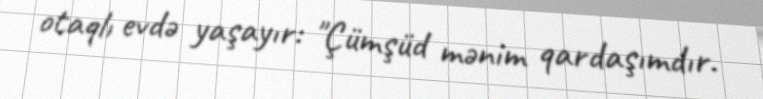
otaqlı evdə yaşayır: "Çümşüd mənim qardaşımdır.